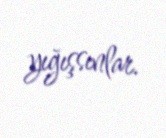
yığışsınlar.